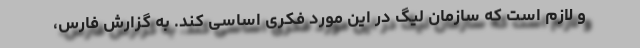
و لازم است که سازمان لیگ در این مورد فکری اساسی کند. به گزارش فارس،